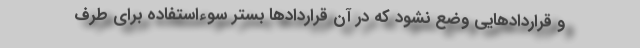
و قراردادهایی وضع نشود که در آن قراردادها بستر سوءاستفاده برای طرف